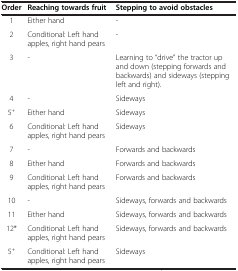
<table><thead><tr><td><b>Order</b></td><td><b>Reaching towards fruit</b></td><td><b>Stepping to avoid obstacles</b></td></tr></thead><tbody><tr><td>1</td><td>Either hand</td><td>-</td></tr><tr><td>2</td><td>Conditional: Left hand apples, right hand pears</td><td>-</td></tr><tr><td>3</td><td>-</td><td>Learning to “drive” the tractor up and down (stepping forwards and backwards) and sideways (stepping left and right).</td></tr><tr><td>4</td><td>-</td><td>Sideways</td></tr><tr><td>5<sup>+</sup></td><td>Either hand</td><td>Sideways</td></tr><tr><td>6</td><td>Conditional: Left hand apples, right hand pears</td><td>Sideways</td></tr><tr><td>7</td><td>-</td><td>Forwards and backwards</td></tr><tr><td>8</td><td>Either hand</td><td>Forwards and backwards</td></tr><tr><td>9</td><td>Conditional: Left hand apples, right hand pears</td><td>Forwards and backwards</td></tr><tr><td>10</td><td>-</td><td>Sideways, forwards and backwards</td></tr><tr><td>11</td><td>Either hand</td><td>Sideways, forwards and backwards</td></tr><tr><td>12*</td><td>Conditional: Left hand apples, right hand pears</td><td>Sideways, forwards and backwards</td></tr><tr><td>5<sup>+</sup></td><td>Conditional: Left hand apples, right hand pears</td><td>Sideways</td></tr></tbody></table>